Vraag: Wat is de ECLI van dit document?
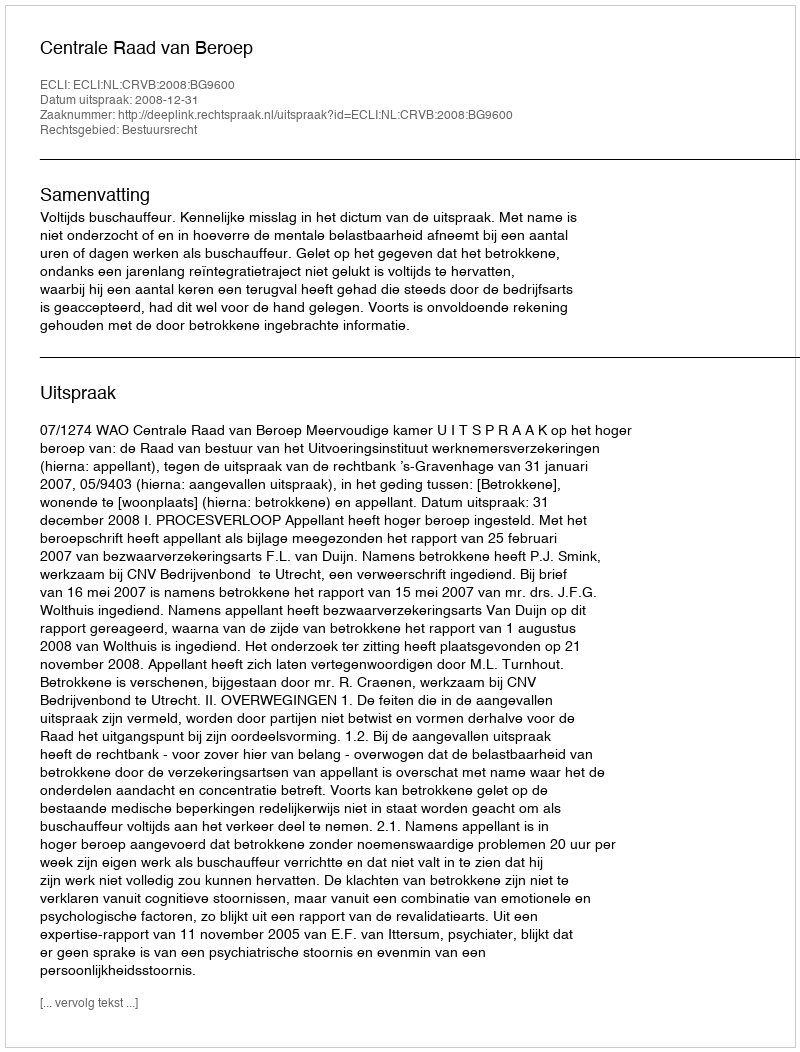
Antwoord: ECLI:NL:CRVB:2008:BG9600